Vaccination in Burma 1889-1999 - 1889-1999
Year: 1889
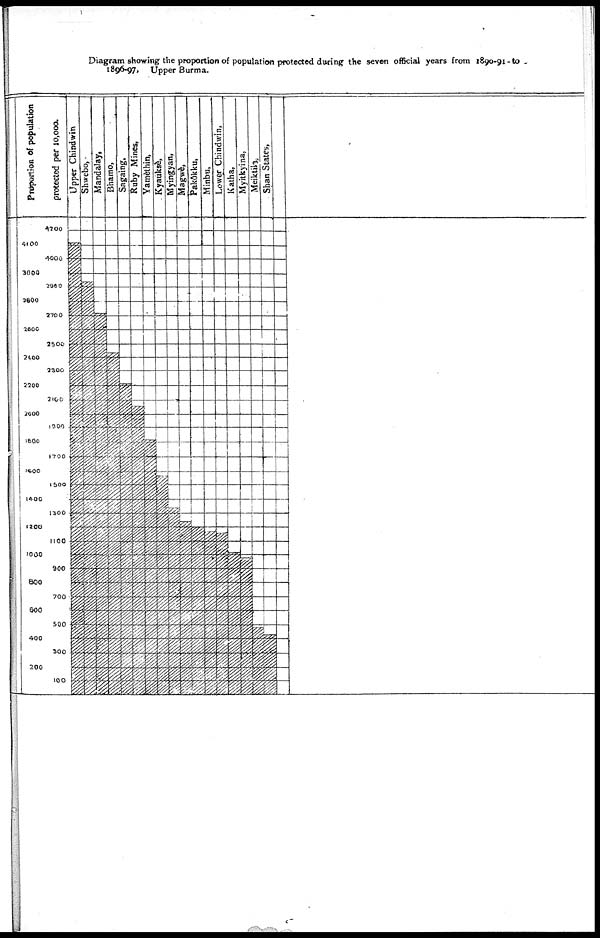
Diagram showing the proportion of population protected during the seven official years from 1890-91-to
1896-97, Upper Burma.